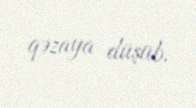
qəzaya düşüb.